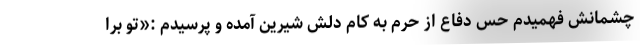
چشمانش فهمیدم حس دفاع از حرم به کام دلش شیرین آمده و پرسیدم :«تو برا